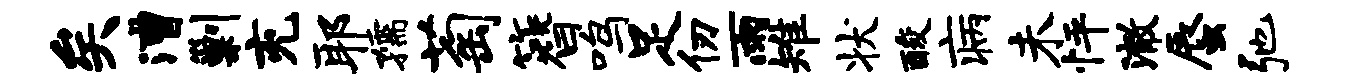
矣漕剿充耶孺萄簪鸣足仞雨雉状酸病未怦澈蜃弛